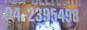
04-2395498